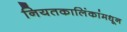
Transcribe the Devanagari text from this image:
नियतकालिंकांमधून